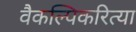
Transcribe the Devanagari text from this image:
वैकल्पिकरित्या